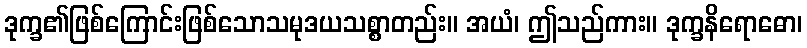
ဒုက္ခ၏ဖြစ်ကြောင်းဖြစ်သောသမုဒယသစ္စာတည်း။ အယံ၊ ဤသည်ကား။ ဒုက္ခနိရောဓော၊